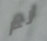
لم